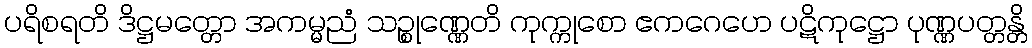
ပရိစရတိ ဒိဋ္ဌမတ္တော အကမ္မညံ သဉ္စုဏ္ဏေတိ ကုက္ကုစော ဧကဂေဟေ ပဋိကုဋ္ဌော ပုဏ္ဏပတ္တန္တိ